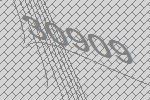
30909